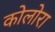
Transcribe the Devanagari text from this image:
कोलोरा